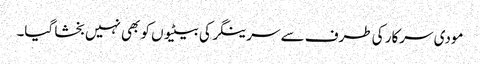
مودی سرکار کی طرف سے سرینگر کی بیٹیوں کو بھی نہیں بخشا گیا۔